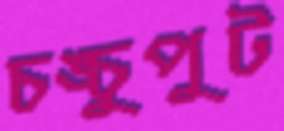
চঙ্চুপুট